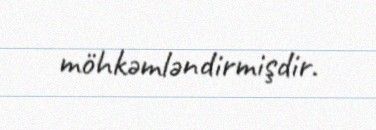
möhkəmləndirmişdir.